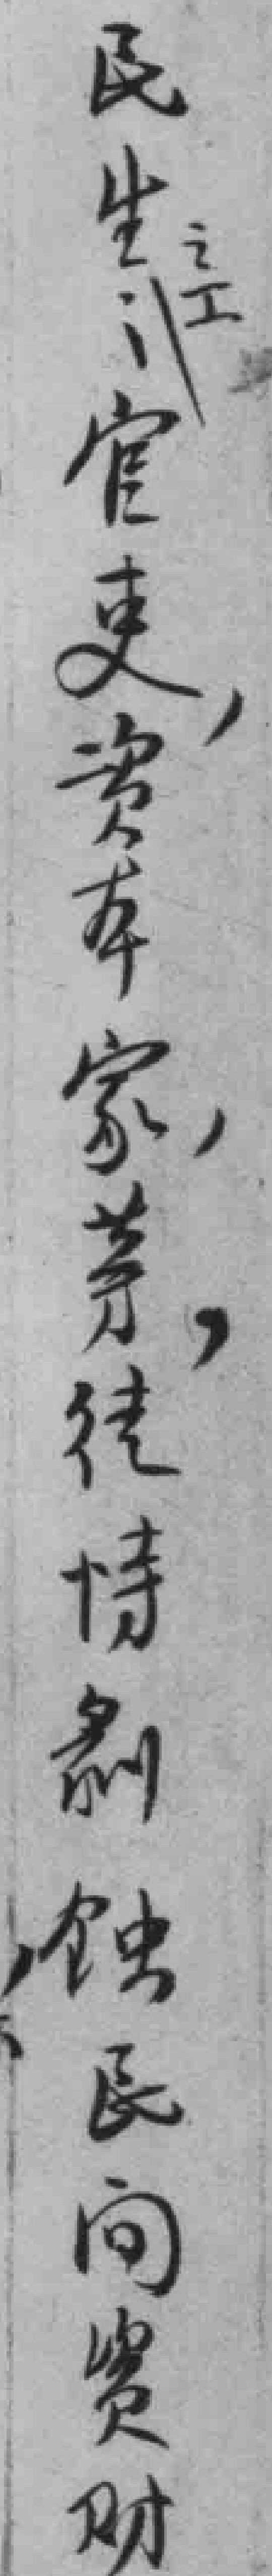
民生之工：官史，资本家，等，徒恃剝蚀民间资财